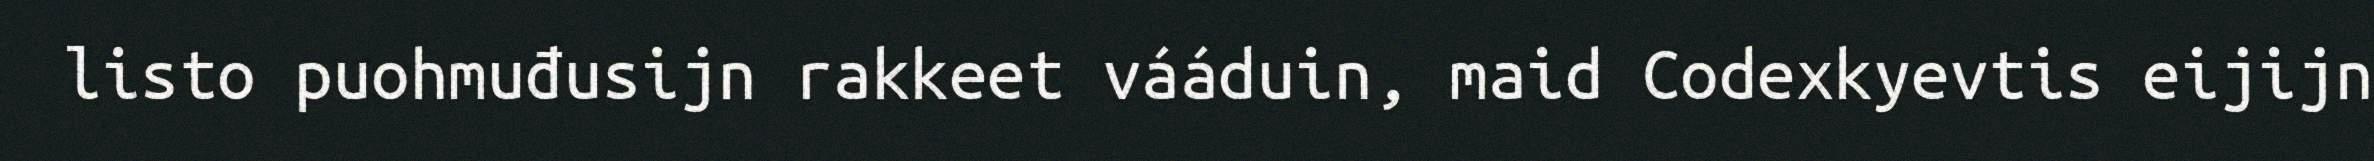
listo puohmuđusijn rakkeet vááduin, maid Codexkyevtis eijijn